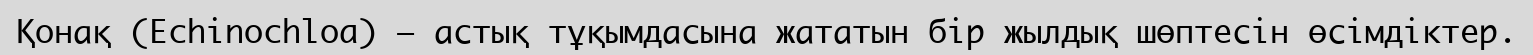
Қонақ (Echіnochloa) – астық тұқымдасына жататын бір жылдық шөптесін өсімдіктер.